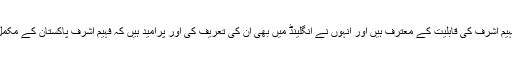
انہوں نے کہا کہ وہ فہیم اشرف کی قابلیت کے معترف ہیں اور انہوں نے انگلینڈ میں بھی ان کی تعریف کی اور پرامید ہیں کہ فہیم اشرف پاکستان کے مکمل آل راؤنڈر ہوں گے۔